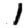
Digit: 1